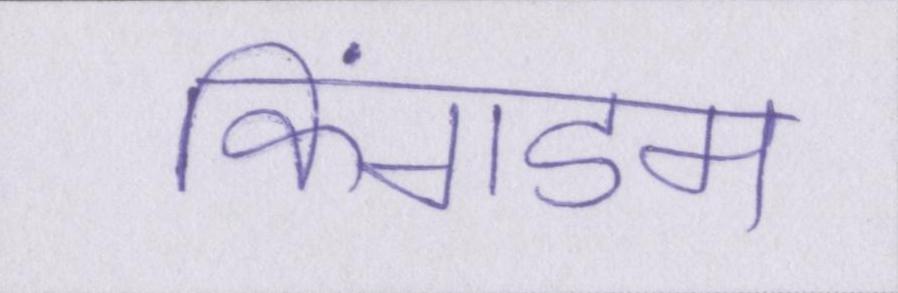
किंगडम